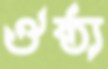
ঔষ্ঠ্য